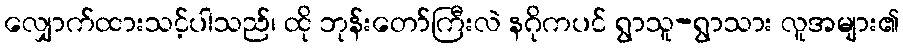
လျှောက်ထားသင့်ပါသည်၊ ထို ဘုန်းတော်ကြီးလဲ နဂိုကပင် ရွာသူ-ရွာသား လူအများ၏